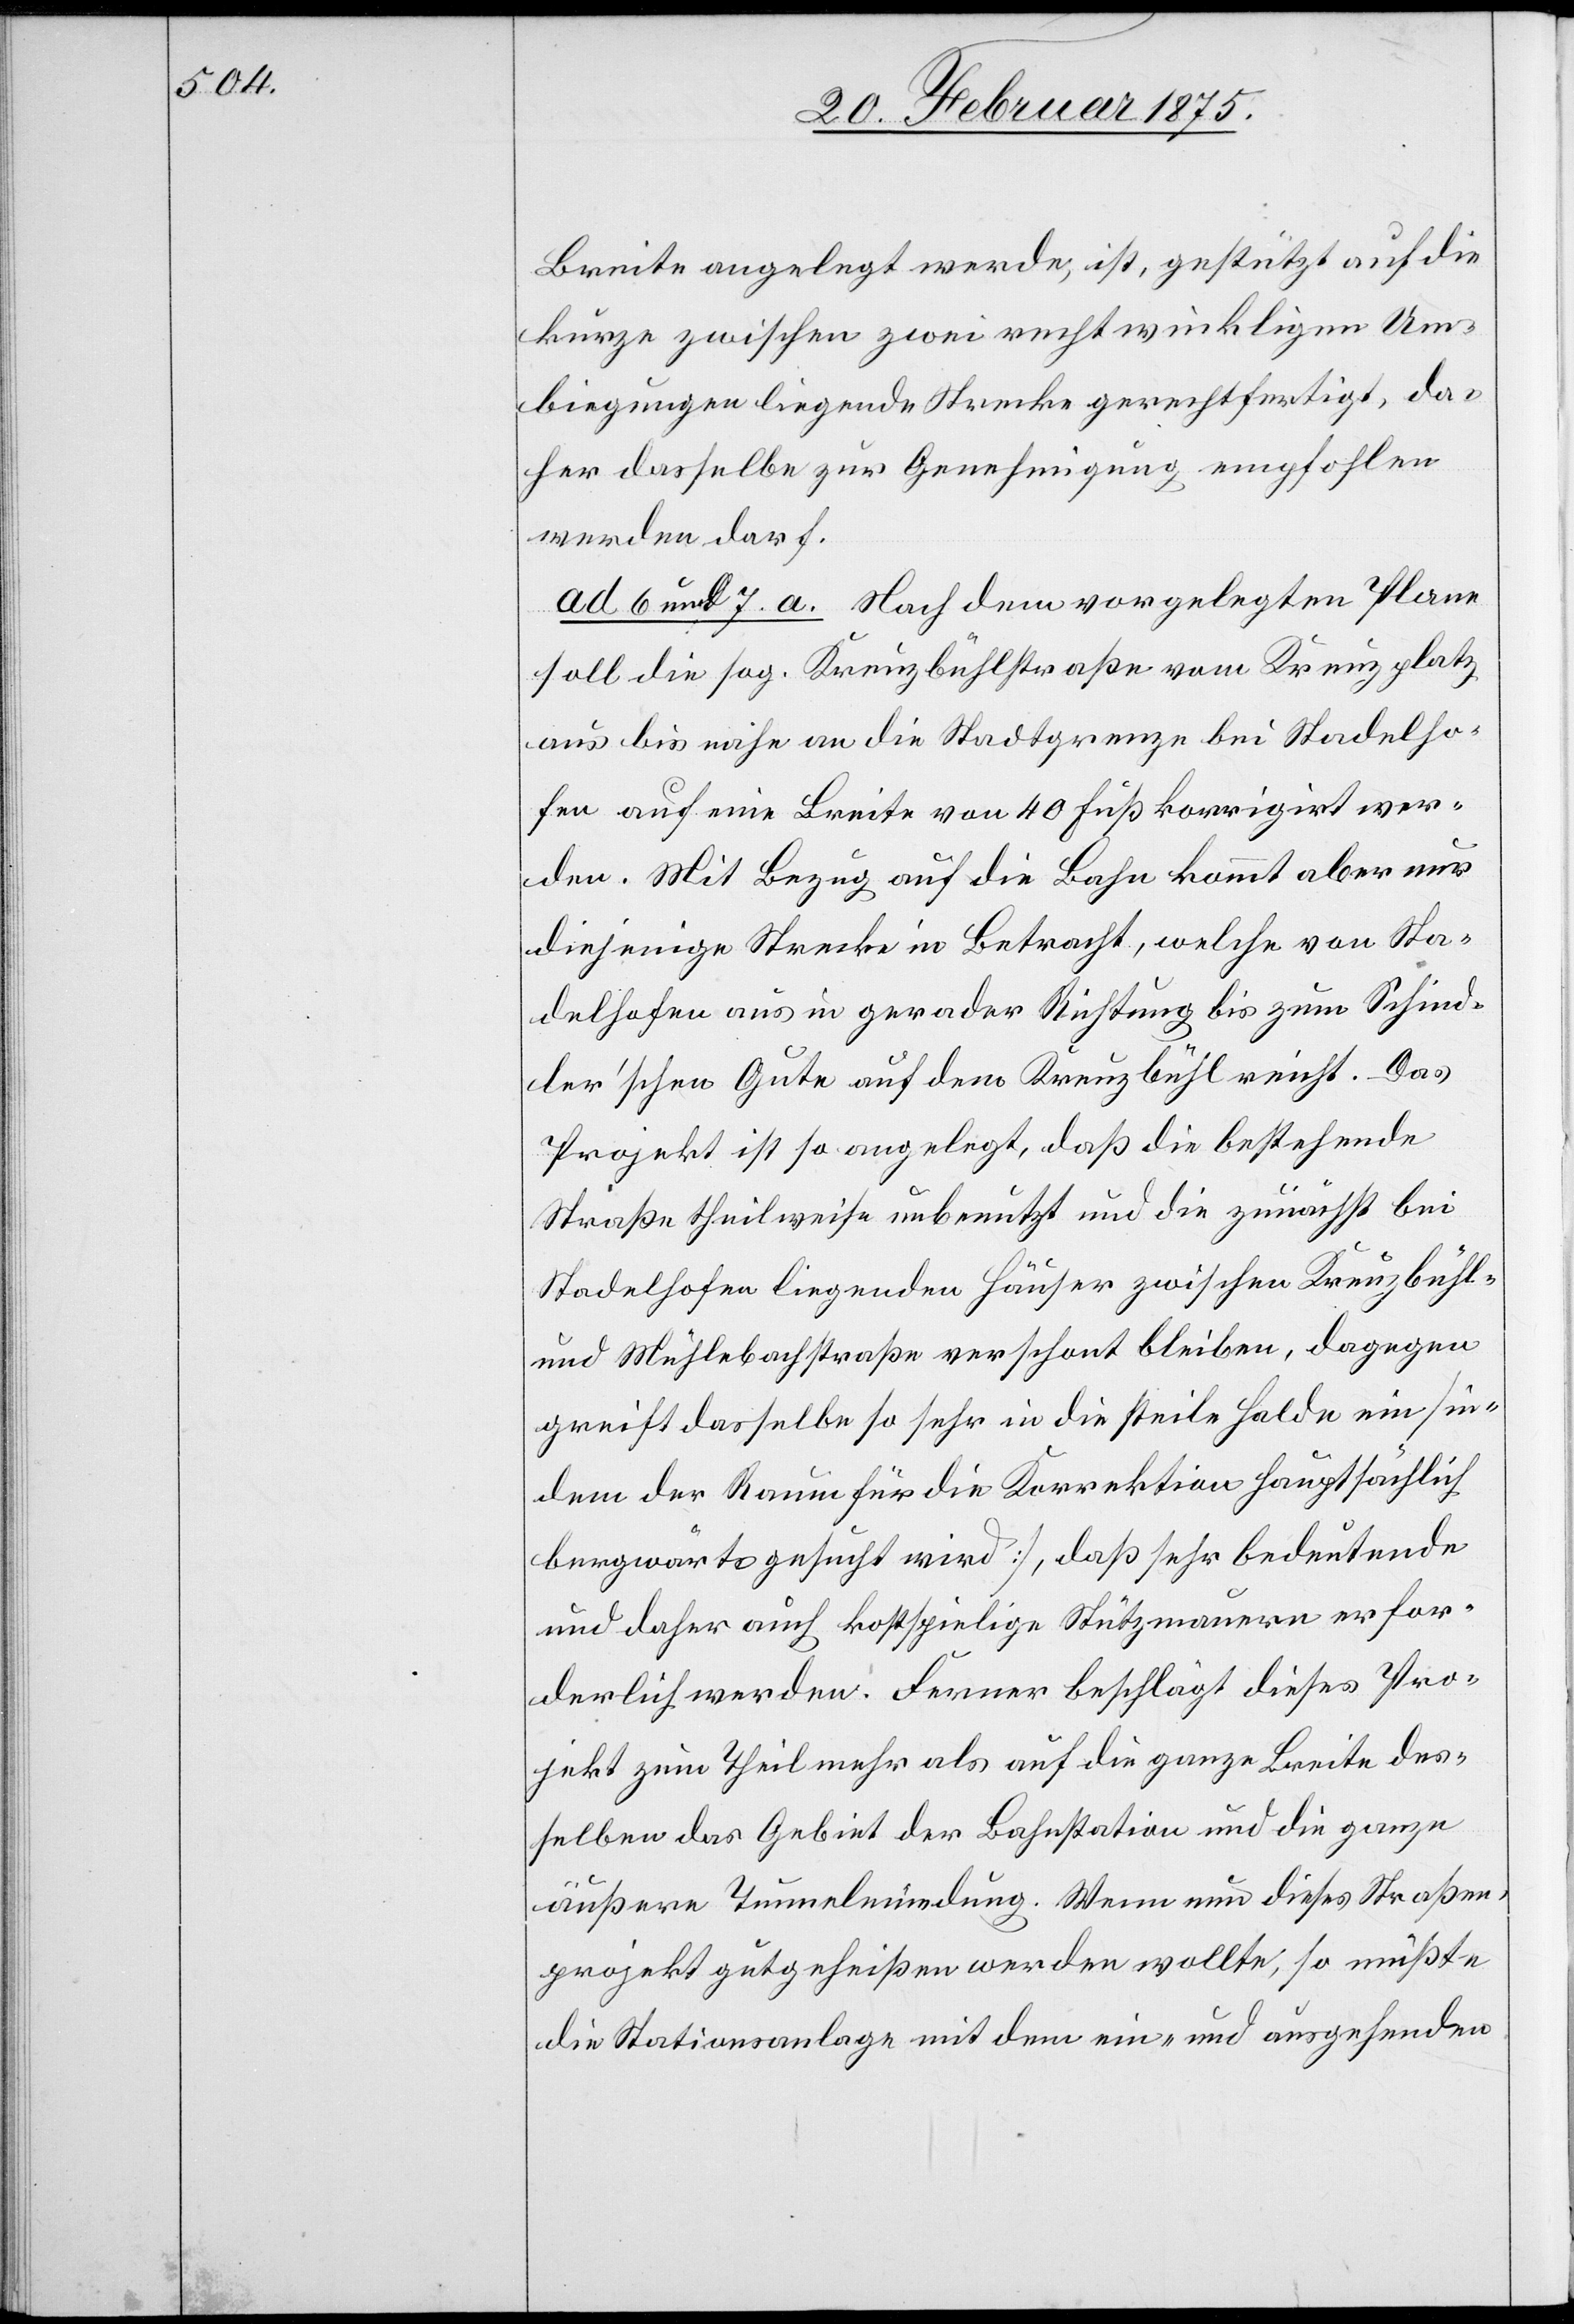
Breite angelegt werde, ist, gestützt auf die
kurze zwischen zwei rechtwinkligen Um¬
biegungen liegende Strecke gerechtfertigt, da¬
her dasselbe zur Genehmigung empfohlen
werden darf.
ad 6 und 7. a. Nach dem vorgelegten Plane
soll die sog. Kreuzbühlstraße vom Kreuzplatz
aus bis nahe an die Stadtgrenze bei Stadelho¬
fen auf eine Breite von 40 Fuß korrigirt wer¬
den. Mit Bezug auf die Bahn kommt aber nur
diejenige Strecke in Betracht, welche von Sta¬
delhofen aus in gerader Richtung bis zum Schind¬
ler’schen Gute auf den Kreuzbühl reicht. Das
Projekt ist so angelegt, daß die bestehende
Straße theilweise unbenutzt und die zunächst bei
Stadelhofen liegenden Häuser zwischen Kreuzbühl-
und Mühlebachstraße verschont bleiben, dagegen
greift dasselbe so sehr in die steile Halde ein [in¬
dem der Raum für die Korrektion hauptsächlich
bergwärts gesucht wird], daß sehr bedeutende
und daher auch kostspielige Stützmauern erfor¬
derlich werden. Ferner beschlägt dieses Pro¬
jekt zum Theil mehr als auf die ganze Breite des¬
selben das Gebiet der Bahnstation und die ganze
äußere Tunnelmündung. Wenn nun dieses Straßen¬
projekt gutgeheißen werden wollte, so müßte
die Stationsanlage mit dem ein- und ausgehenden